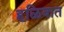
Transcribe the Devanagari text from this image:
हळिवात